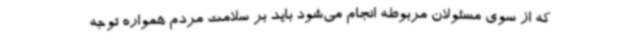
که از سوی مسئولان مربوطه انجام می‌شود باید بر سلامت مردم همواره توجه